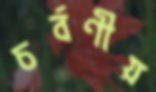
চর্বণীয়